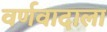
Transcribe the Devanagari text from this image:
वर्णवादाला